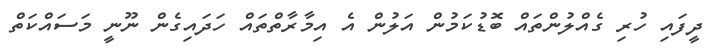
ދީފައި ހުރި ގެއްލުންތައް ބޮޑުކަމުން އަލުން އެ އިމާރާތްތައް ހަދައިގެން ނޫނީ މަސައްކަތް